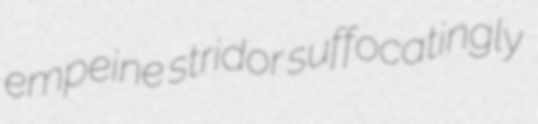
empeine stridor suffocatingly